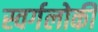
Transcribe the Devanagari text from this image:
स्वर्गलोकी